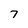
Character: 7